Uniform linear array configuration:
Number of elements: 64
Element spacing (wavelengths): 0.5
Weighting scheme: hamming
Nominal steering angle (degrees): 0
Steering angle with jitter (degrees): -0.8816
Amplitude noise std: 0.05
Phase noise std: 0.05

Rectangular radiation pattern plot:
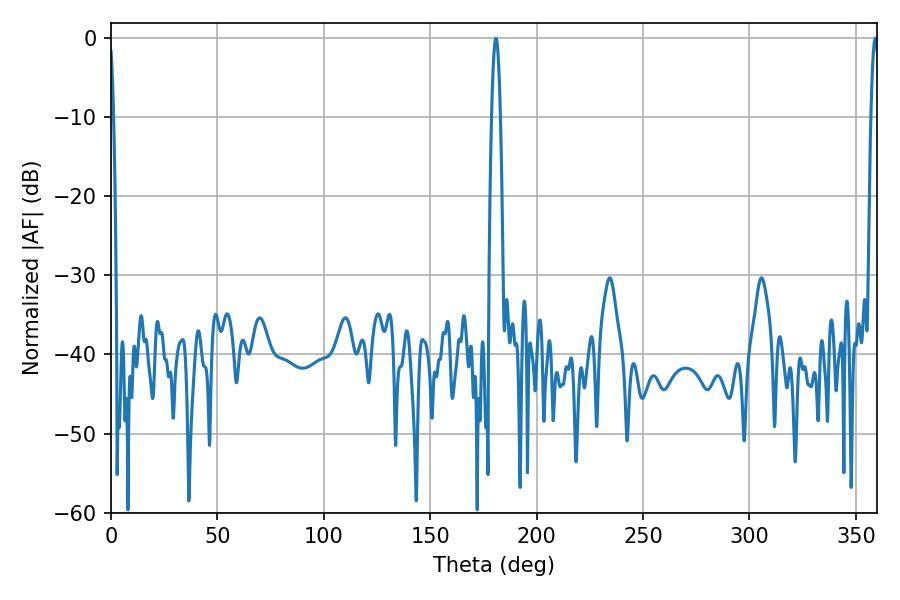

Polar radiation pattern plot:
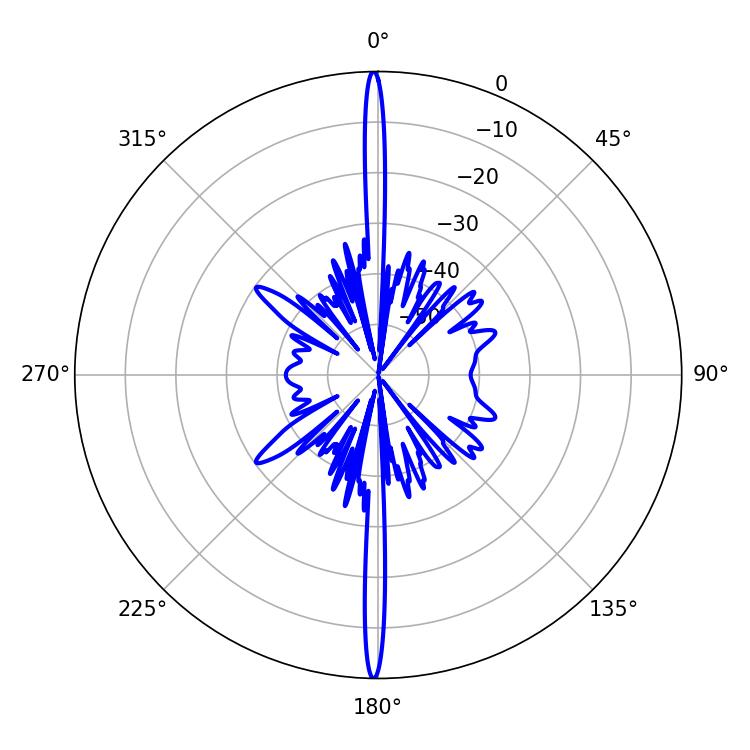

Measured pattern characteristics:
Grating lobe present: FALSE
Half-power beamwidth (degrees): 2.16
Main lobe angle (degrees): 180.9